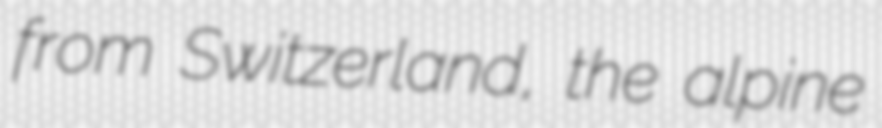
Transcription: from Switzerland, the alpine